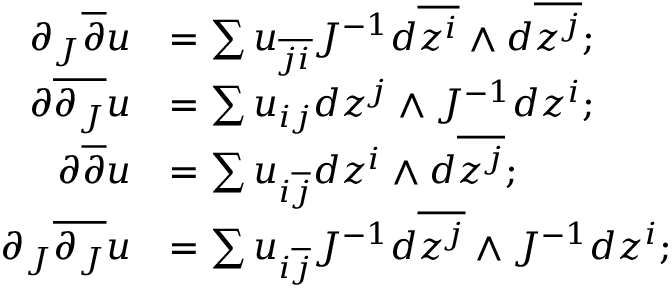
\begin{array} { r l } { \partial _ { J } \overline { { \partial } } u } & { = \sum u _ { \overline { { j i } } } J ^ { - 1 } d \overline { { z ^ { i } } } \wedge d \overline { { z ^ { j } } } ; } \\ { \partial \overline { { \partial _ { J } } } u } & { = \sum u _ { i j } d z ^ { j } \wedge J ^ { - 1 } d z ^ { i } ; } \\ { \partial \overline { { \partial } } u } & { = \sum u _ { i \overline { { j } } } d z ^ { i } \wedge d \overline { { z ^ { j } } } ; } \\ { \partial _ { J } \overline { { \partial _ { J } } } u } & { = \sum u _ { i \overline { { j } } } J ^ { - 1 } d \overline { { z ^ { j } } } \wedge J ^ { - 1 } d z ^ { i } ; } \end{array}